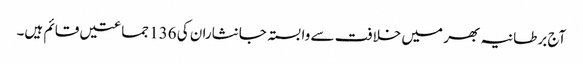
آج برطانیہ بھر میں خلافت سے وابستہ جانثاران کی 136 جماعتیں قائم ہیں۔